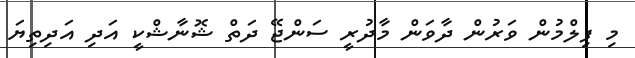
މި ފިލްމުން ވަރުން ދާވަން މާދުރީ ސަންޖޭ ދަތް ޝޮނާޝްކީ އަދި އަދިތިޔަ